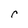
Character: r